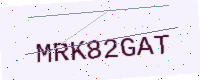
Text: MRK82GAT